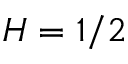
H = 1 / 2